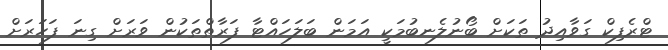
ޓްރެފިކް ގަވާއިދު ތަކަށް ބޯނުލެނބުމަކީ އަމަން ބަލަހައްޓާ ފަރާތްތަކުން ވަރަށް ގިނަ ފަހަރަށް